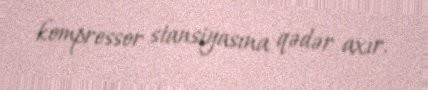
kompressor stansiyasına qədər axır.